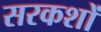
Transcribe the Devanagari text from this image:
सरकशों